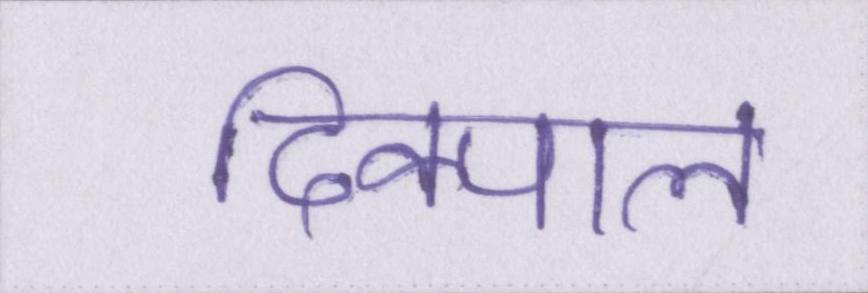
दिक्पाल